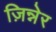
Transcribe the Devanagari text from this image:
ज़िन्नेर